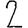
Digit: 2